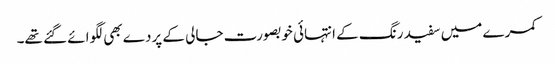
کمرے میں سفید رنگ کے انتہائی خوبصورت جالی کے پردے بھی لگوائے گئے تھے۔